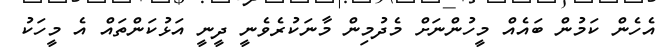
އެހެން ކަމުން ބައެއް މީހުންނަށް މެދުމިން މާނަކުރެވެނީ ދީނީ އަޅުކަންތައް އެ މީހަކު